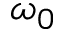
\omega _ { 0 }